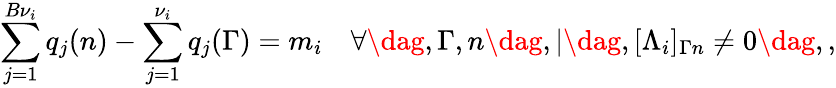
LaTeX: \sum_{j=1}^{B{\nu}_{i}}q_{j}(n)-\sum_{j=1}^{\nu_{i}}q_{j}(\Gamma)=m_{i}\quad\forall\dag,\Gamma,n\dag,|\dag,[\Lambda_{i}]_{\Gamma n}\neq 0\dag,,